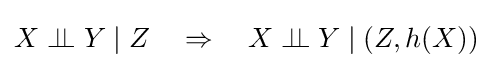
X\perp \!\!\!\perp Y\mid Z\quad \Rightarrow \quad X\perp \!\!\!\perp Y\mid (Z,h(X))